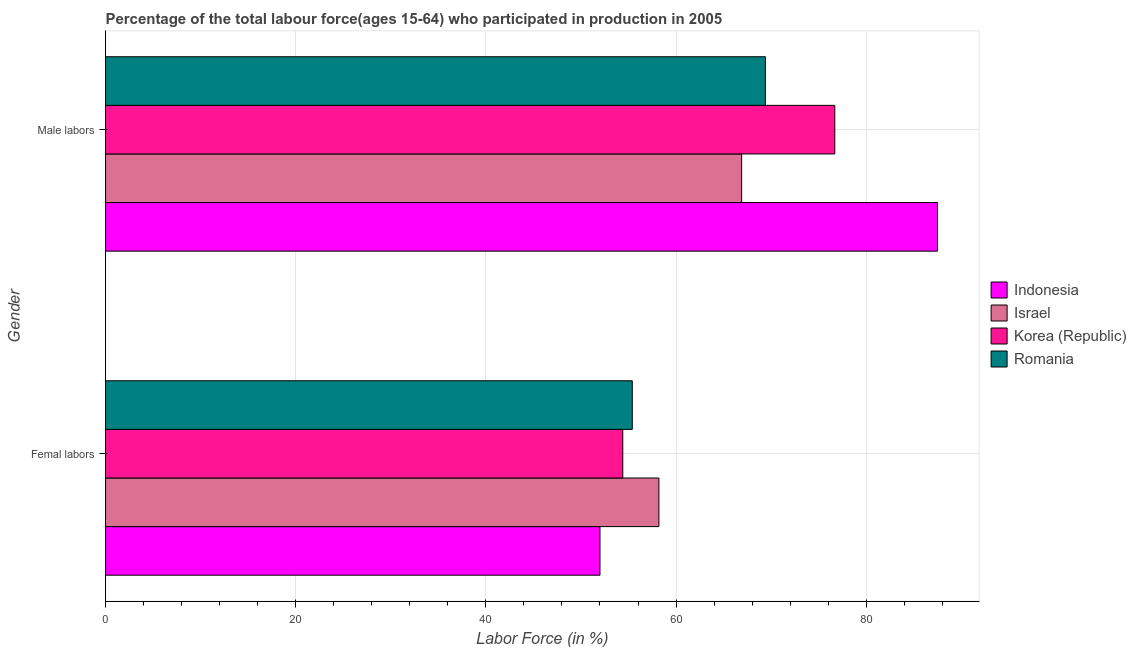
| Gender | Indonesia | Israel | Korea (Republic) | Romania |
 | --- | --- | --- | --- | --- |
 | Femal labors | 52 | 58.2 | 54.4 | 55.4 |
 | Male labors | 87.5 | 66.9 | 76.7 | 69.4 |